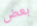
بعض